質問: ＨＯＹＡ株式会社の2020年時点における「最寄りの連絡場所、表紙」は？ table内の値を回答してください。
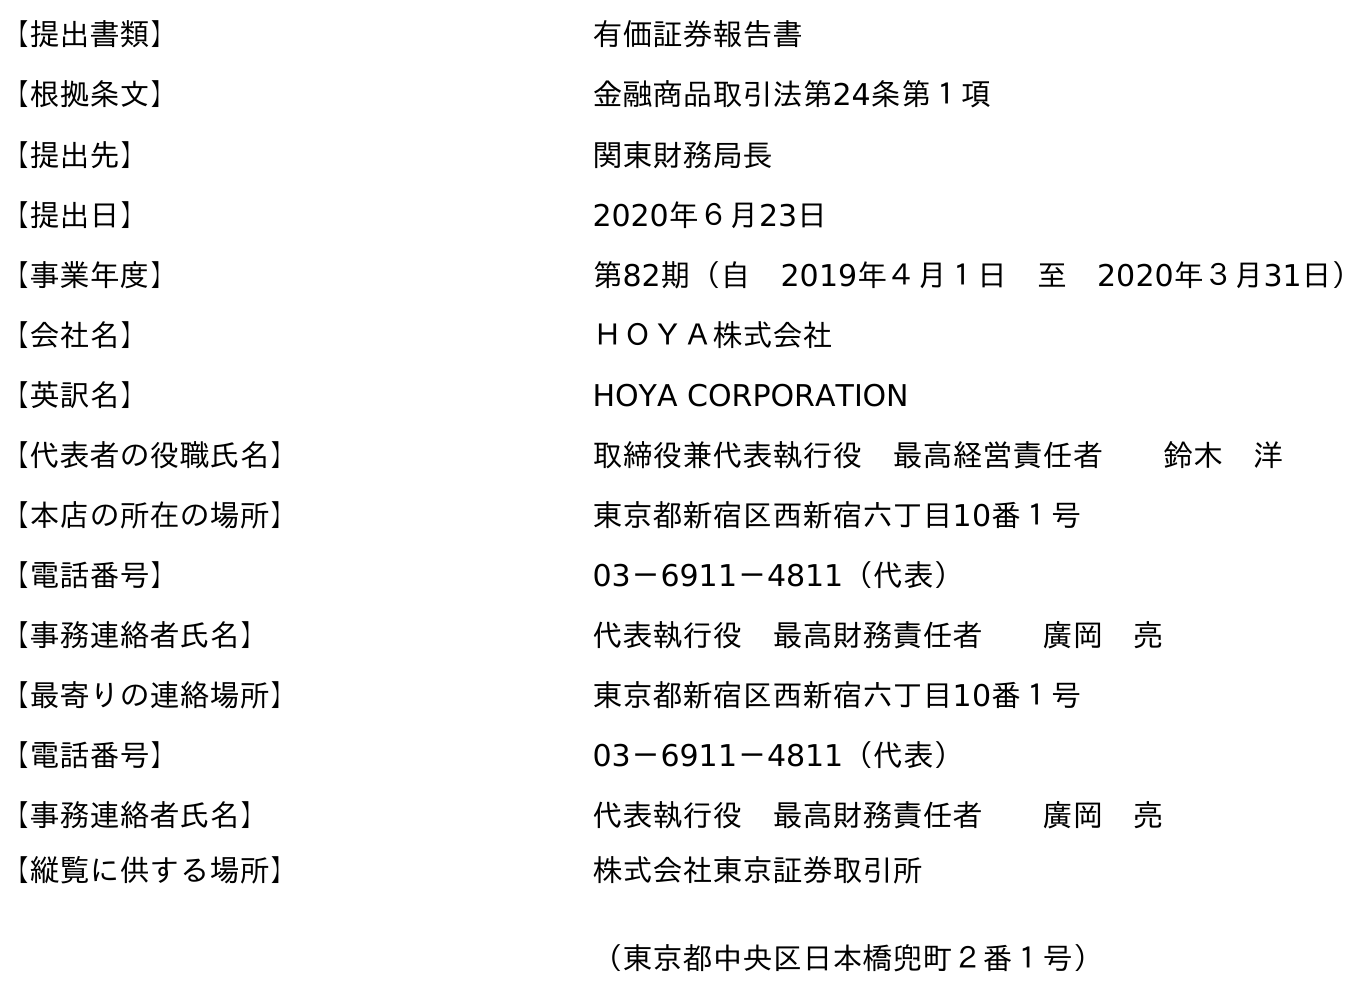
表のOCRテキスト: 【提出書類】 有価証券報告書 【根拠条文】 金融商品取引法第24条第１項 【提出先】 関東財務局長 【提出日】 2020年６月23日 【事業年度】 第82期（自 2019年４月１日 至 2020年３月31日） 【会社名】 ＨＯＹＡ株式会社 【英訳名】 HOYA CORPORATION 【代表者の役職氏名】 取締役兼代表執行役 最高経営責任者  鈴木 洋 【本店の所在の場所】 東京都新宿区西新宿六丁目10番１号 【電話番号】 03－6911－4811（代表） 【事務連絡者氏名】 代表執行役 最高財務責任者  廣岡 亮 【最寄りの連絡場所】 東京都新宿区西新宿六丁目10番１号 【電話番号】 03－6911－4811（代表） 【事務連絡者氏名】 代表執行役 最高財務責任者  廣岡 亮 【縦覧に供する場所】 株式会社東京証券取引所 （東京都中央区日本橋兜町２番１号）
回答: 東京都新宿区西新宿六丁目10番１号